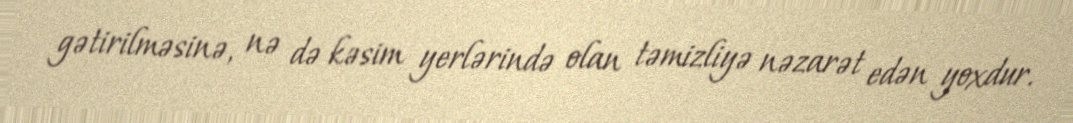
gətirilməsinə, nə də kəsim yerlərində olan təmizliyə nəzarət edən yoxdur.